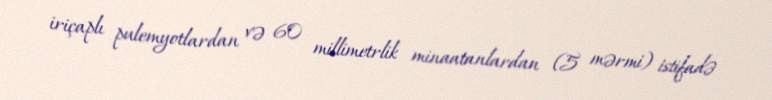
iriçaplı pulemyotlardan və 60 millimetrlik minaatanlardan (5 mərmi) istifadə